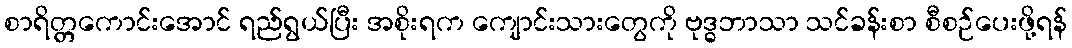
စာရိတ္တကောင်းအောင် ရည်ရွယ်ပြီး အစိုးရက ကျောင်းသားတွေကို ဗုဒ္ဓဘာသာ သင်ခန်းစာ စီစဉ်ပေးဖို့ရန်